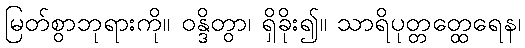
မြတ်စွာဘုရားကို။ ဝန္ဒိတွာ၊ ရှိခိုး၍။ သာရိပုတ္တတ္ထေရေန၊